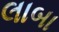
લાબા